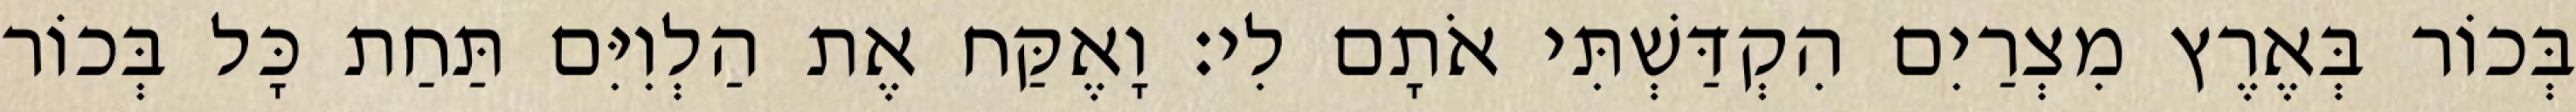
בְּכוֹר בְּאֶרֶץ מִצְרַיִם הִקְדַּשְׁתִּי אֹתָם לִי׃ וָאֶקַּח אֶת הַלְוִיִּם תַּחַת כָּל בְּכוֹר